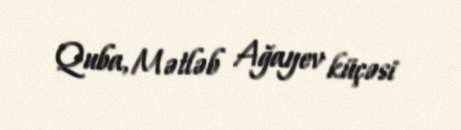
Quba, Mətləb Ağayev küçəsi